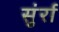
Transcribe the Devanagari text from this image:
सुंर्रा